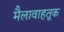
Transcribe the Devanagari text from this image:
मैलावाहतूक